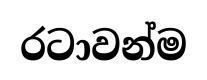
රටාවන්ම